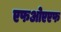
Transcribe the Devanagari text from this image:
एफओएएफ